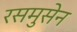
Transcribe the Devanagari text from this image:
रसमुसेन